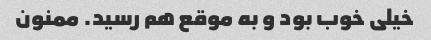
خیلی خوب بود و به موقع هم رسید. ممنون